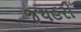
જયહરી